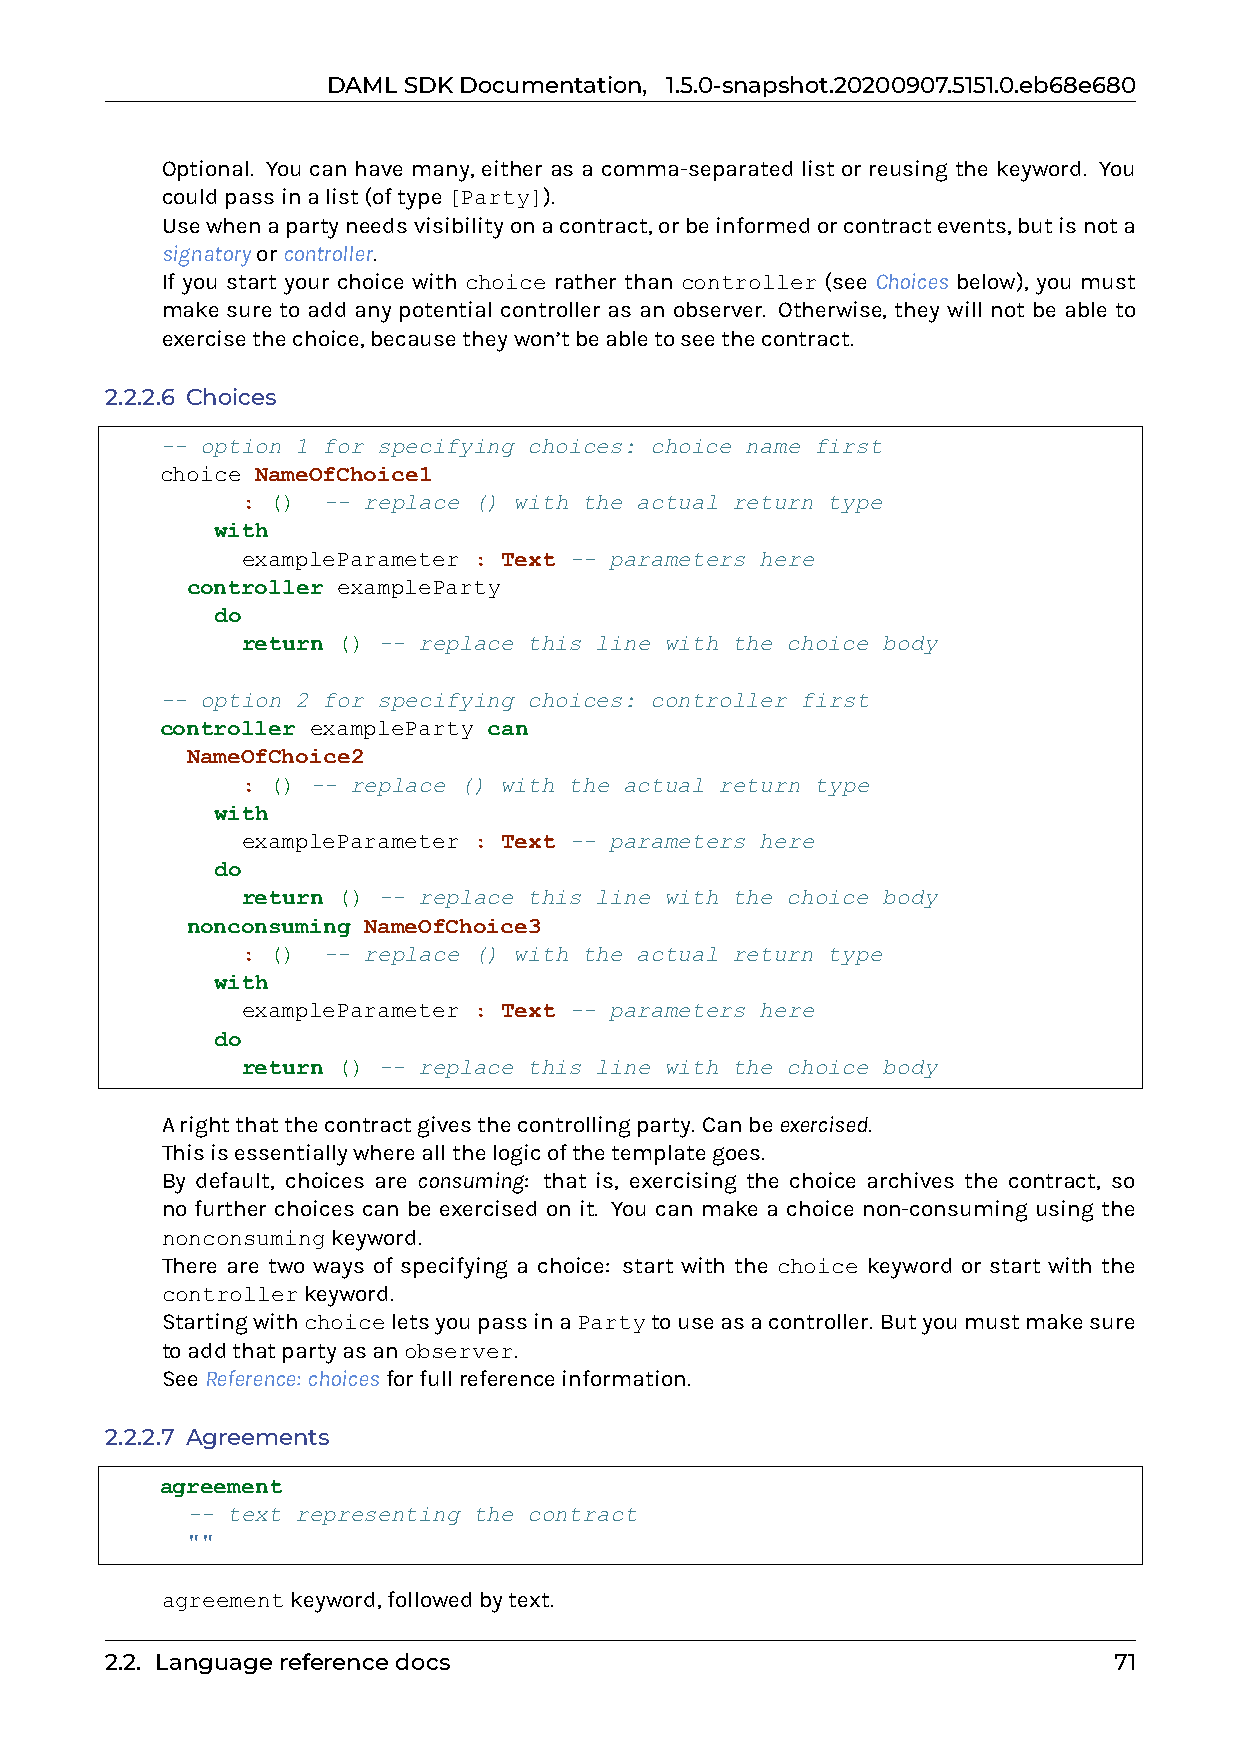
DAMLSDKDocumentation, 1.5.0-snapshot.20200907.5151.0.eb68e680
 0 Optional. You can have many, either as a comma-separated list or reusing the keyword. You
 couldpassinalist(oftype[Party]).
 0 Usewhenapartyneedsvisibilityonacontract,orbeinformedorcontractevents,butisnota
 signatoryorcontroller.
 0 If you start your choice with choice rather than controller (see Choices below), you must
 make sure to add any potential controller as an observer. Otherwise, they will not be able to
 exercisethechoice,becausetheywon’tbeabletoseethecontract.
 2.2.2.6 Choices
 -- option 1 for specifying choices: choice name first
 choice NameOfChoice1
 : () -- replace () with the actual return type
 with
 exampleParameter : Text -- parameters here
 controller exampleParty
 do
 return () -- replace this line with the choice body
 -- option 2 for specifying choices: controller first
 controller exampleParty can
 NameOfChoice2
 : () -- replace () with the actual return type
 with
 exampleParameter : Text -- parameters here
 do
 return () -- replace this line with the choice body
 nonconsuming NameOfChoice3
 : () -- replace () with the actual return type
 with
 exampleParameter : Text -- parameters here
 do
 return () -- replace this line with the choice body
 0 Arightthatthecontractgivesthecontrollingparty. Canbeexercised.
 0 Thisisessentiallywhereallthelogicofthetemplategoes.
 0 By default, choices are consuming: that is, exercising the choice archives the contract, so
 no further choices can be exercised on it. You can make a choice non-consuming using the
 nonconsumingkeyword.
 0 There are two ways of specifying a choice: start with the choice keyword or start with the
 controllerkeyword.
 StartingwithchoiceletsyoupassinaPartytouseasacontroller. Butyoumustmakesure
 toaddthatpartyasanobserver.
 0 SeeReference: choicesforfullreferenceinformation.
 2.2.2.7 Agreements
 agreement
 -- text representing the contract
 ""
 0 agreementkeyword,followedbytext.
 2.2. Languagereferencedocs                                         71